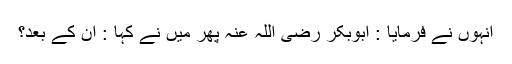
انہوں نے فرمایا : ابوبکر رضی اللہ عنہ پھر میں نے کہا : ان کے بعد؟